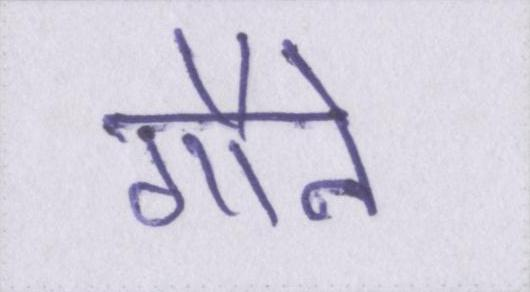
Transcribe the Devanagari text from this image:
गौने